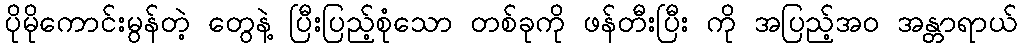
ပိုမိုကောင်းမွန်တဲ့ တွေနဲ့ ပြီးပြည့်စုံသော တစ်ခုကို ဖန်တီးပြီး ကို အပြည့်အ၀ အန္တာရာယ်